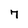
Character: 7